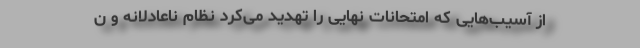
از آسیب‌هایی که امتحانات نهایی را تهدید می‌کرد نظام ناعادلانه و ن